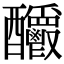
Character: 𨤊